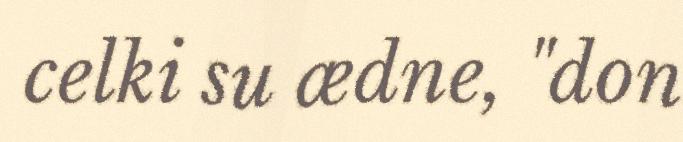
celki su ædne, "don